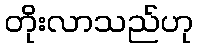
တိုးလာသည်ဟု